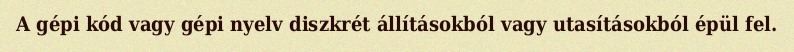
A gépi kód vagy gépi nyelv diszkrét állításokból vagy utasításokból épül fel.